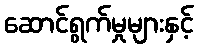
ဆောင်ရွက်မှုများနှင့်